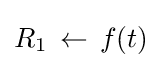
R_{1}\,\leftarrow \,f(t)